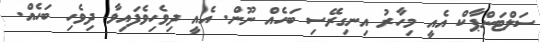
ސަލްޓަންޕާކް އެއީ މިހާރު އިނގިރޭސި ބަހެއް ނޫން. އެއީ ދިވެހިވެފައިވާ ދިވެހި ބަހެއް.